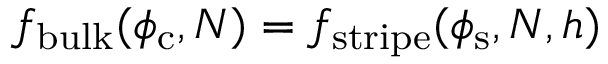
f _ { \mathrm { b u l k } } ( \phi _ { \mathrm { c } } , N ) = f _ { \mathrm { s t r i p e } } ( \phi _ { \mathrm { s } } , N , h )